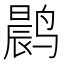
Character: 𫜀